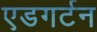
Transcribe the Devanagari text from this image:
एडगर्टन